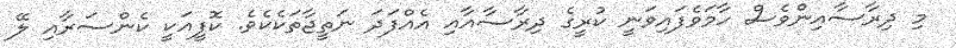
މި ދިރާސާއިންވެސް ހާމަވެފައިވަނީ ކުރީގެ ދިރާސާއާއި އެއްފަދަ ނަތީޖާތަކެކެވެ. ކޮފީއަކީ ކެންސަރާއި ލޭ